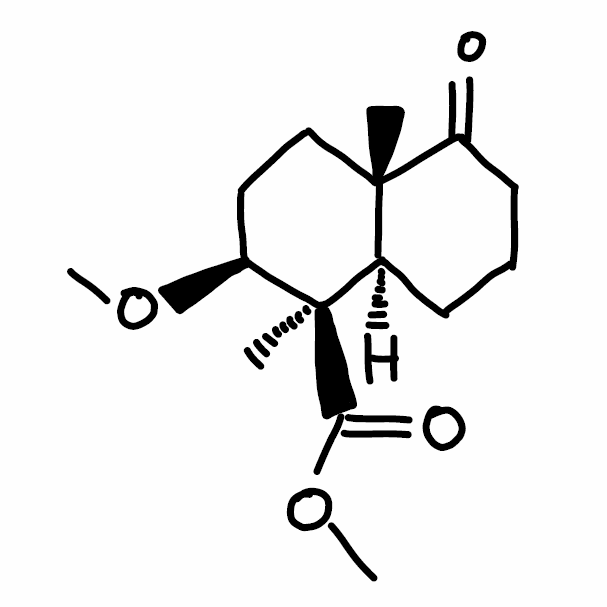
Simplified molecular-input line-entry system (SMILES) notation of the given molecule:
C[C@]12CC[C@@H]([C@]([C@@H]1CCCC2=O)(C)C(=O)OC)OC